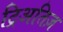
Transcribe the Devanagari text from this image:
ट्रिअतिज़